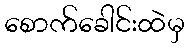
စောက်ခေါင်းထဲမှ